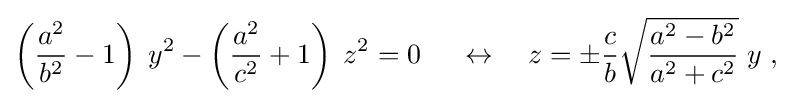
\left({\frac {a^{2}}{b^{2}}}-1\right)\;y^{2}-\left({\frac {a^{2}}{c^{2}}}+1\right)\;z^{2}=0\ \quad \leftrightarrow \quad z=\pm {\frac {c}{b}}{\sqrt {\frac {a^{2}-b^{2}}{a^{2}+c^{2}}}}\;y\ ,\